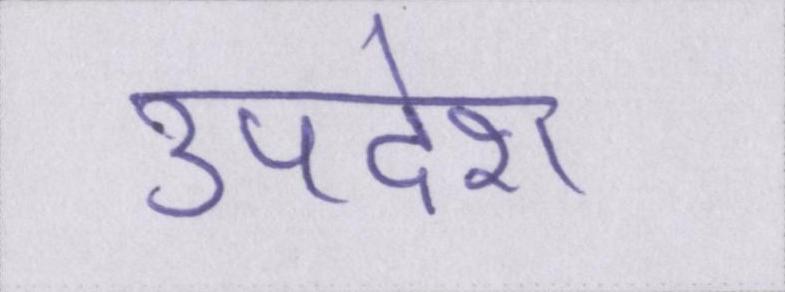
उपदेश